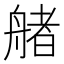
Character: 𦩳